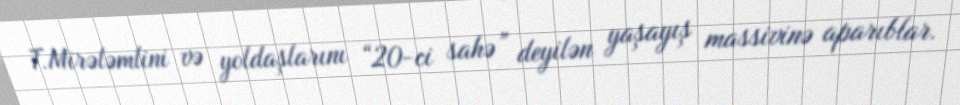
T.Mirələmlini və yoldaşlarını “20-ci sahə” deyilən yaşayış massivinə aparıblar.